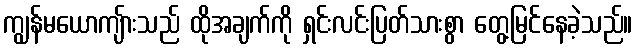
ကျွန်မယောကျ်ားသည် ထိုအချက်ကို ရှင်းလင်းပြတ်သားစွာ တွေ့မြင်နေခဲ့သည်။